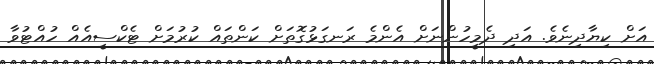
އަށް ކިޔާދިނެވެ. އަދި ދެމީހުންނަށް އެންމެ ރަނގަޅުގޮތަށް ކަންތައް ކުރުމަށް ޓެކްސީއެއް ހުއްޓުވާ